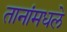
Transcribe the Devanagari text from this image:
तानांमधले